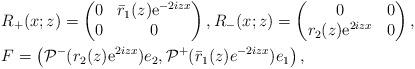
LaTeX: \begin{align*}&R_+(x;z)=\begin{pmatrix}0 & \bar{r}_1(z) \mathrm{e}^{-2iz x} \\0 & 0\end{pmatrix}, R_-(x;z)=\begin{pmatrix}0 & 0 \\r_2(z) \mathrm{e}^{2iz x} & 0\end{pmatrix},\\&F =\left(\mathcal{P}^{-}(r_2( z) \mathrm{e}^{2iz x})e_2, \mathcal{P}^+(\bar{r}_1(z)e^{-2iz x})e_1\right),\end{align*}